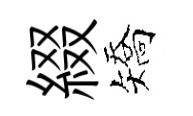
綴矯